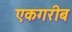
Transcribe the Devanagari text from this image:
एकगरीब